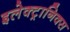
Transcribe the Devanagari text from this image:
इलेक्‍ट्रानिक्‍स